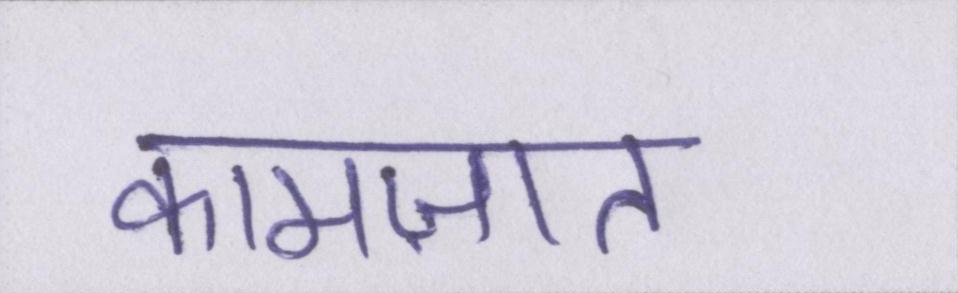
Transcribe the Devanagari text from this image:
कामज़ात